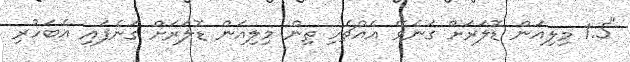
"1.5 މިލިއަން ޑޮލަރަށް ގަނެވޭ އެއްޗެހި ތިން މިލިއަން ޑޮލަރަށް ގަނެފައި އެބަހުރި